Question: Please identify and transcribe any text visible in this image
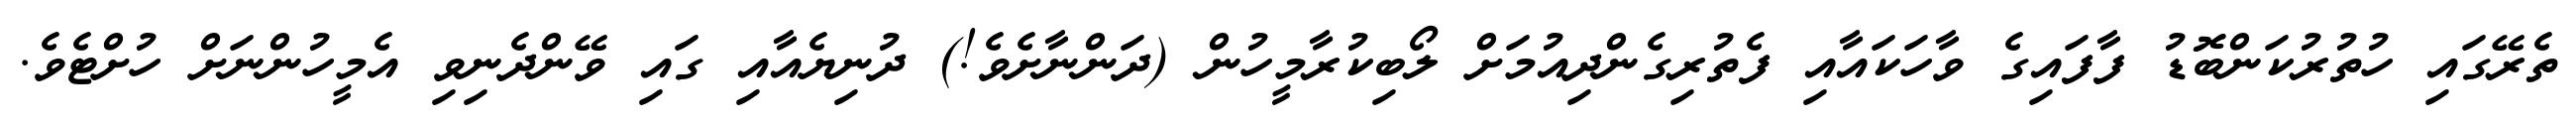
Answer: ތެރޭގައި ހުތުރުކަންބޮޑު ފާފައިގެ ވާހަކައާއި ފެތުރިގެންދިއުމަށް ލޯބިކުރާމީހުން (ދަންނާށެވެ!) ދުނިޔެއާއި ގައި ވޭންދެނިވި އެމީހުންނަށް ހުށްޓެވެ.